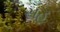
સહ